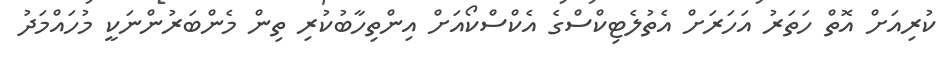
ކުރިއަށް އޮތް ހަތަރު އަހަރަށް އެތުލެޓިކްސްގެ އެކްސްކޯއަށް އިންތިހާބުކުރި ތިން މެންބަރުންނަކީ މުހައްމަދު